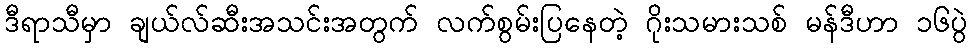
ဒီရာသီမှာ ချယ်လ်ဆီးအသင်းအတွက် လက်စွမ်းပြနေတဲ့ ဂိုးသမားသစ် မန်ဒီဟာ ၁၆ပွဲ